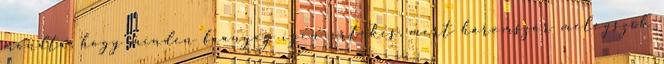
mondta, hogy minden faanyag igen értékes, mert háromszor melegszik